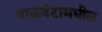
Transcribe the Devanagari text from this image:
वाळवंटामधील